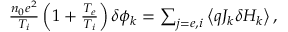
\begin{array} { r } { \frac { n _ { 0 } e ^ { 2 } } { T _ { i } } \left( 1 + \frac { T _ { e } } { T _ { i } } \right) \delta \phi _ { k } = \sum _ { j = e , i } \left\langle q J _ { k } \delta H _ { k } \right\rangle , } \end{array}